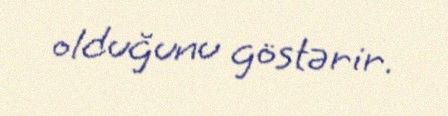
olduğunu göstərir.